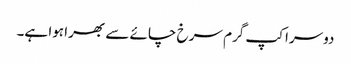
دوسرا کپ گرم سرخ چائے سے بھرا ہوا ہے۔